Annual administration report of the Civil Veterinary Department of India - 1894-1895
Year: 1894
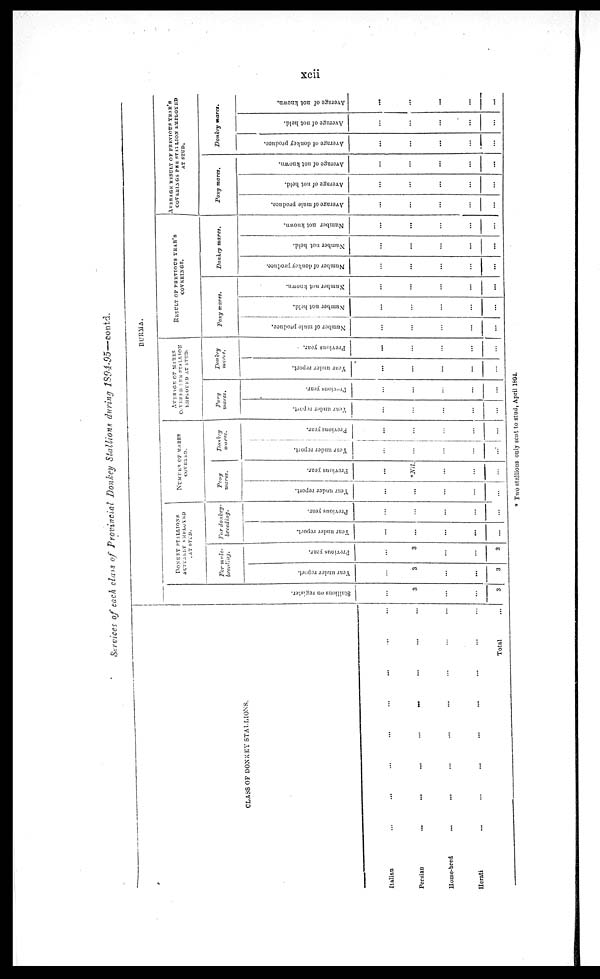
xcii
Services of each class of Provincial Donkey Stallions during 1894-95—contd.
CLASS OF DONKEY STALLIONS.
Italian
Persian
Home-bred
Herati
...
...
...
...
...
...
...
...
...
...
...
...
...
...
...
...
...
...
...
...
...
...
...
...
...
...
...
...
Total
...
...
...
...
...
BURMA.
St al l
i
ons on register.
...
3
...
...
3
DONKEY STALLIONS
ACTUALLY EMPLOYED
AT STUD.
For mule-
breeding.
Year under report.
...
3
...
...
3
Previous year.
...
3
...
...
3
For
donkey-
breeding.
Year under report.
...
...
...
...
...
Previous year.
...
...
...
...
...
NUMBER OF MARES
COVERED.
Pony
mares.
Year under report.
...
...
...
...
...
Previous year.
...
.Nil.
...
...
...
Donkey
mares.
Year under report.
...
...
...
...
...
Previous year.
...
...
...
...
...
AVERAGE OF MARES
COVERED PER STALLION
EMPLOYED AT STUD.
Pony
mares.
Year
under report.
...
...
...
...
...
Previous year.
...
...
...
...
...
Donkey
mares.
Year under report.
...
...
...
...
...
Previous year.
...
...
...
...
...
RESULT OF PREVIOUS YEAR'S COVERINGS.
Pony mares.
Number of mule produce.
...
...
...
...
...
Number not held.
...
...
...
...
...
Number not known.
...
...
...
...
...
Donkey mares.
Number of donkey produce.
...
...
...
...
...
Number not held.
...
...
...
...
...
Number not known.
...
...
...
...
...
AVERAGE RESULT OF PREVIOUS YEAR'S
COVERINGS PER STALLION EMPLOYED
AT STUD.
Pony mares.
Average of mule produce.
...
...
...
...
...
Average of not bold.
...
...
...
...
...
Average of not known.
...
...
...
...
...
Donkey
mares.
Average of donkey produce.
...
...
...
...
...
Average of not held.
...
...
...
...
...
Average of not known.
...
...
...
...
...
* Two stallions only sent to stud, April 1894.